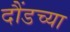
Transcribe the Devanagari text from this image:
दौंडच्या